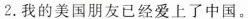
2.我的美国朋友已经爱上了中国。